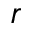
r